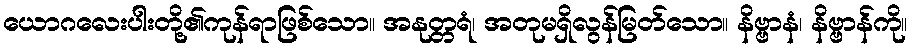
ယောဂလေးပါးတို့၏ကုန်ရာဖြစ်သော။ အနုတ္တရံ၊ အတုမရှိလွန်မြတ်သော။ နိဗ္ဗာနံ၊ နိဗ္ဗာန်ကို။